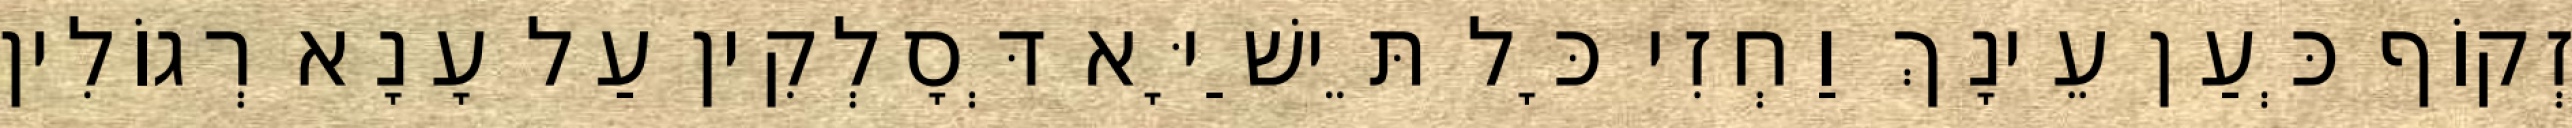
זְקוֹף כְּעַן עֵינָךְ וַחְזִי כָּל תֵּישַׁיָּא דְּסָלְקִין עַל עָנָא רְגוֹלִין